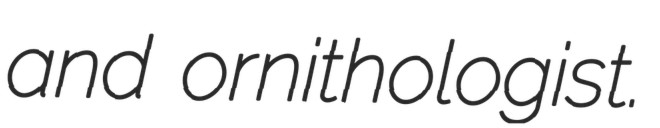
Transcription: and ornithologist.